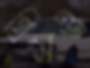
প্রিন্সও